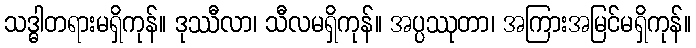
သဒ္ဓါတရားမရှိကုန်။ ဒုဿီလာ၊ သီလမရှိကုန်။ အပ္ပဿုတာ၊ အကြားအမြင်မရှိကုန်။